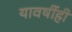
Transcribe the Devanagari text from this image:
यावर्षीही